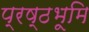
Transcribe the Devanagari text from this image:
प्रष्‍ठभूमि